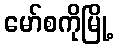
မော်စကိုမြို့